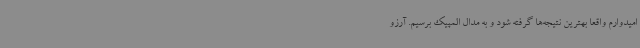
امیدوارم واقعا بهترین نتیجه‌ها گرفته شود و به مدال المپیک برسیم. آرزو